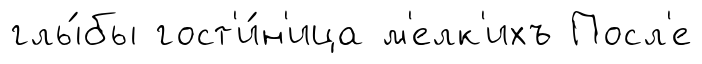
глы́бы гост'и́н'ица м'елк'ихъ Посл'е